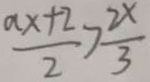
\frac { a x + 2 } { 2 } > \frac { 2 x } { 3 }